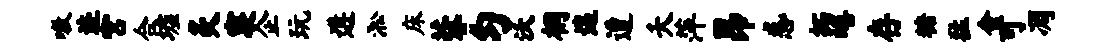
嗷迹宫合墟灸寝企玩遘淞床蓉匀沃桐遄遭夭萍昂惑拓嘻存糖猛会可凋